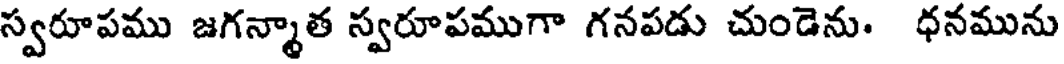
స్వరూపము జగన్మాత స్వరూపముగా గనపడు చుండెను. ధనమును